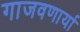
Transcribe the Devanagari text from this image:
गाजवणार्या